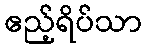
ဧည့်ရိပ်သာ